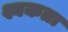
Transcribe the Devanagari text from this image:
श्यकता